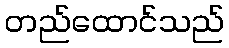
တည်ထောင်သည်